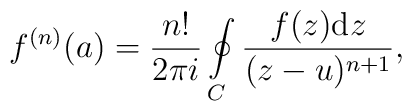
f^{(n)}(a) = \frac{n!}{2 \pi i} \oint\limits_{C}\frac{f(z){\rm d} z}{(z-u)^{n+1}},